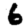
Digit: 6